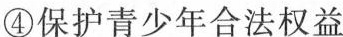
④保护青少年合法权益